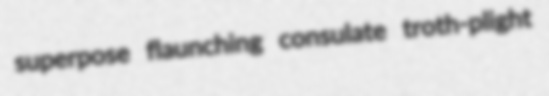
superpose flaunching consulate troth-plight